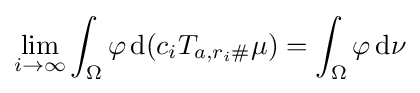
\lim _{i\rightarrow \infty }\int _{\Omega }\varphi \,\mathrm {d} (c_{i}T_{a,r_{i}\#}\mu )=\int _{\Omega }\varphi \,\mathrm {d} \nu